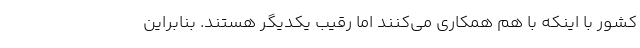
کشور با اینکه با هم همکاری می‌کنند اما رقیب یکدیگر هستند. بنابراین